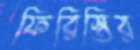
ফিরিস্তির